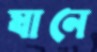
যানে